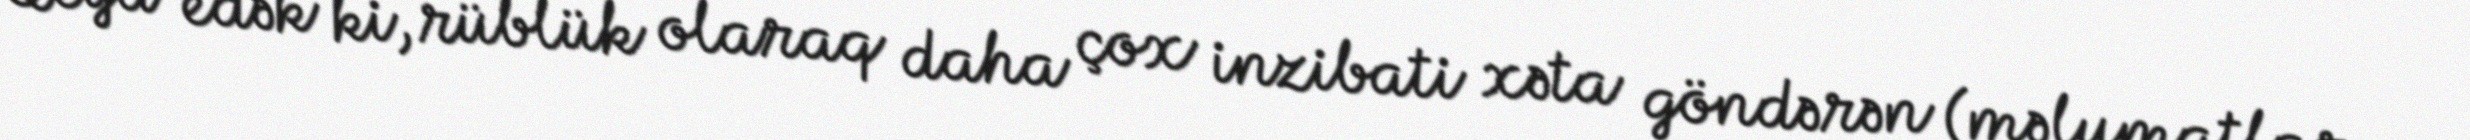
Qeyd edək ki, rüblük olaraq daha çox inzibati xəta göndərən (məlumatları